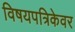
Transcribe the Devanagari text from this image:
विषयपत्रिकेवर